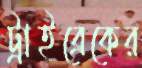
ট্রাইব্রেকের